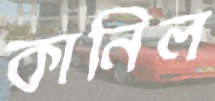
কানিল